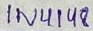
Text: 1N4148